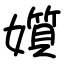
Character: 㜱